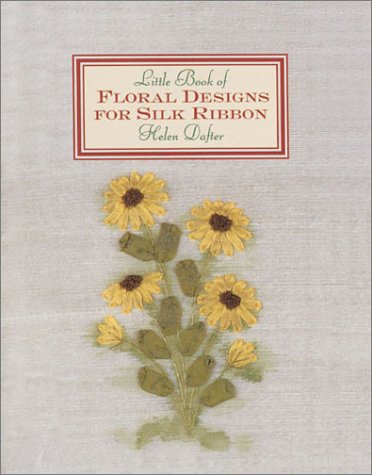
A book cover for The Little Book of Floral Designs for Silk Ribbon (Milner Craft Series); Helen Dafter; Crafts, Hobbies & Home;